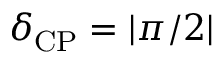
\delta _ { \mathrm { C P } } = | \pi / 2 |